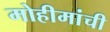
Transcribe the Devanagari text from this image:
मोहीमांची